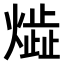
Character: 𤎠